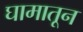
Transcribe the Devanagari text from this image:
घामातून